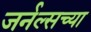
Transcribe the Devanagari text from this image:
जर्नल्सच्या